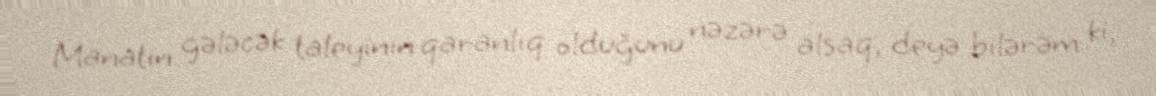
Manatın gələcək taleyinin qaranlıq olduğunu nəzərə alsaq, deyə bilərəm ki,